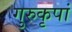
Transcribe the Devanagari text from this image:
गुरुकृपां